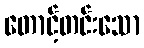
တောင့်တင်းသော